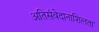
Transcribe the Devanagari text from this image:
अतिसंवेदानाशिलता